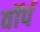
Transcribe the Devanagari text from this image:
वॉर्प